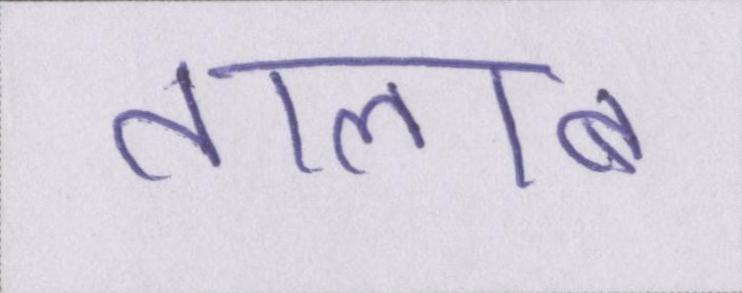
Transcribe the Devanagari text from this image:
तालाब